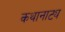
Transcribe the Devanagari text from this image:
कथानाट्य